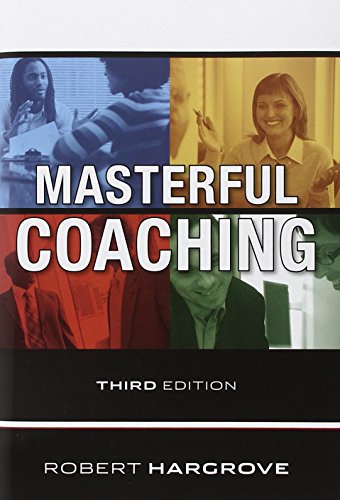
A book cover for Masterful Coaching; Robert Hargrove; Business & Money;